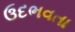
ઉદભવતા